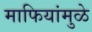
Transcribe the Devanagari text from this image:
माफियांमुळे